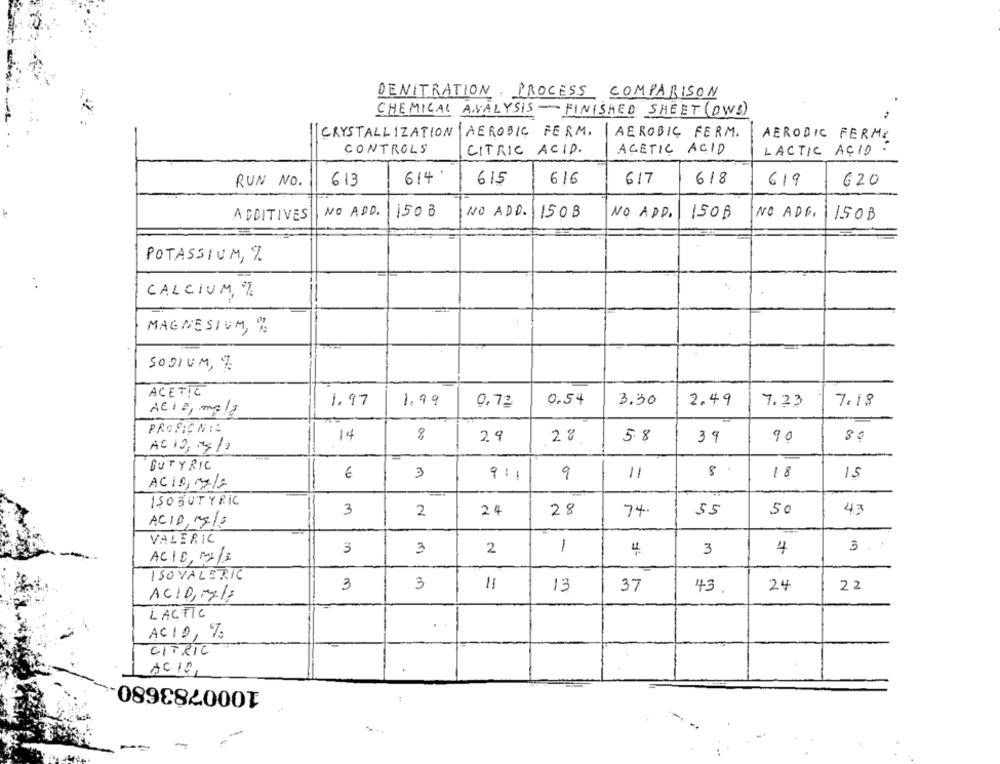
DENITRATION PROCESS COMPARISON
CHEMICAL ANALYSIS - FINISHED SHEET (DWS)
Ž :
CRYSTALLIZATION AEROBIC FERM, AEROBIC FERM.
AEROBIC FERME
CONTROLS
CITRIC ACID.
ACETIC ACID
LACTIC ACID .
RUN NO.
613
614
615
616
617
618
619
620
NO ADD.
1508
NO ADD.
150 B
NO ADD.
150B
NO ADG.
ADDITIVES
150 B
POTASSIUM, %
CALCIUM, %
MAGNESIUM, %
SODIUM, 7
ACETIC
1.97
1.99
0,72
0.54
3.30
2.49
7.23
7.18
ACID, mela
PROPICNIS
14
8
29
5.8
39
90
85
AC 10, 14/2
BUTYRIC
11
8.
€
3
9
18
15
AC10, 1g/a
ISOBUTYRIC
3
2
24
28
74.
55
50
43
ACID, Mg/2
VALERIC
3
3
2
1
4
4
3.
3
ACID, M2/2
ISOVALERIC
3
3
11
13
37
43
24
22
ACID-17
LACTIC
ACID, 7
CITRIC
AC 10
1000783680
-